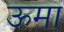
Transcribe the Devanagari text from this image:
ऊमा